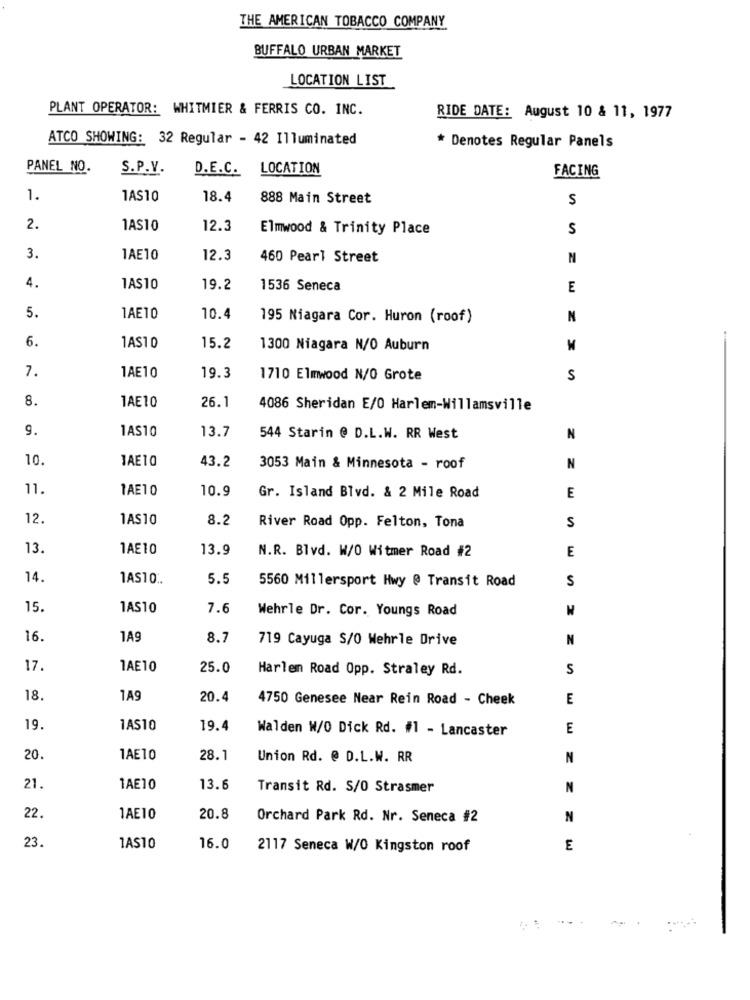
THE AMERICAN TOBACCO COMPANY
BUFFALO URBAN MARKET
LOCATION LIST
PLANT OPERATOR: WHITMIER & FERRIS CO. INC.
RIDE DATE: August 10 & 11, 1977
ATCO SHOWING: 32 Regular - 42 Illuminated
* Denotes Regular Panels
PANEL NO.
S.P.V.
D.E.C. LOCATION
FACING
1.
1AS10
18.4
888 Main Street
S
2.
1AS10
12.3
Elmwood & Trinity Place
5
3.
1AE10
12.3
460 Pearl Street
N
4.
1AS10
19.2
1536 Seneca
E
5.
1AE10
10.4
195 Niagara Cor. Huron (roof)
N
6.
.
1AS10
15.2
1300 Niagara N/O Auburn
X
7.
1AE10
19.3
1710 Elmwood N/O Grote
S
8.
1AE10
26.1
4086 Sheridan E/0 Harlem-Willamsville
9.
1AS10
13.7
544 Starin @ D.L.W. RR West
N
10.
1AE10
43.2
3053 Main & Minnesota - roof
N
11.
1AE10
10.9
E
Gr. Island Blvd. & 2 Mile Road
12.
1AS10
8.2
River Road Opp. Felton, Tona
S
13.
1AE10
13.9
N.R. Blvd. W/O Witmer Road #2
E
14.
1AS10:
5.5
5560 Millersport Hwy @ Transit Road
S
15.
1AS10
7.6
Wehrle Dr. Cor. Youngs Road
16.
1A9
8.7
719 Cayuga S/O Wehrle Drive
N
17.
1AE10
25.0
Harlen Road Opp. Straley Rd.
S
18.
1A9
20.4
4750 Genesee Near Rein Road - Cheek
E
19.
1AS10
19.4
Walden W/O Dick Rd. #1 - Lancaster
E
20.
1AE10
28.1
Union Rd. @ D.L.W. RR
N
21.
1AE10
13.6
Transit Rd. S/O Strasmer
N
22.
1AE10
20.8
Orchard Park Rd. Nr. Seneca #2
N
23.
1AS10
16.0
2117 Seneca W/O Kingston roof
E